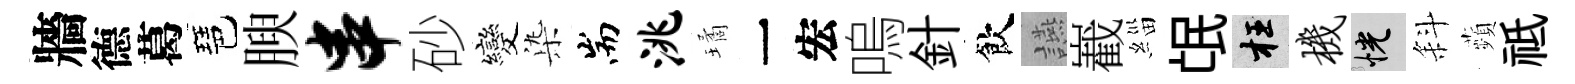
牆德葛琶腴串砂變𣑱耑洮璚一宏嗚針飲讌嶻緇氓枉机恍斜蘋祗